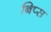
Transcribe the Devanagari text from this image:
बिप्स